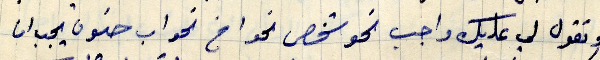
وتقول لي عليك واجب نحو شخص نحو اخ نحو اب حنون يجب ان